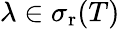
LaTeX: \lambda\in\sigma_{\mathrm{r}}(T)